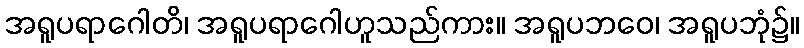
အရူပရာဂေါတိ၊ အရူပရာဂေါဟူသည်ကား။ အရူပဘဝေ၊ အရူပဘုံ၌။